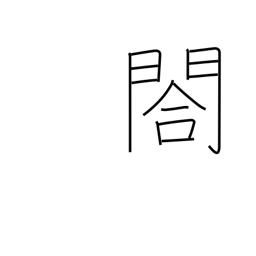
Meaning: small side gate